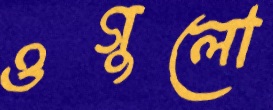
ওগুলো